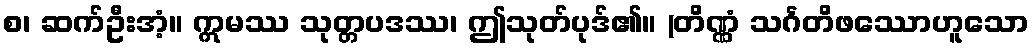
စ၊ ဆက်ဦးအံ့။ ဣမဿ သုတ္တပဒဿ၊ ဤသုတ်ပုဒ်၏။ (တိဏ္ဏံ သင်္ဂတိဖဿောဟူသော